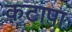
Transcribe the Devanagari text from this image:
कटापा